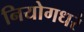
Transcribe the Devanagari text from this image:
नियोगधरं